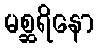
မစ္ဆရိနော